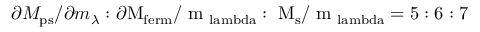
\partial M _ { \mathrm { p s } } / \partial m _ { \lambda } : \partial \mathrm { M _ { f e r m } / \partial m _ { \ l a m b d a } : \partial M _ { \mathrm { s } } / \partial m _ { \ l a m b d a } = 5 : 6 : 7 }